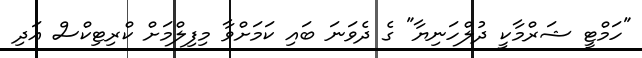
"ހަމްޓީ ޝަރްމާކީ ދުލްހަނިޔާ" ގެ ދެވަނަ ބައި ކަމަށްވާ މިފިލްމަށް ކްރިޓިކްސް އަދި